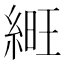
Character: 𦁽